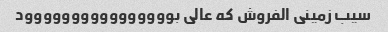
سیب زمینی الفروش که عالی بوووووووووووووووود